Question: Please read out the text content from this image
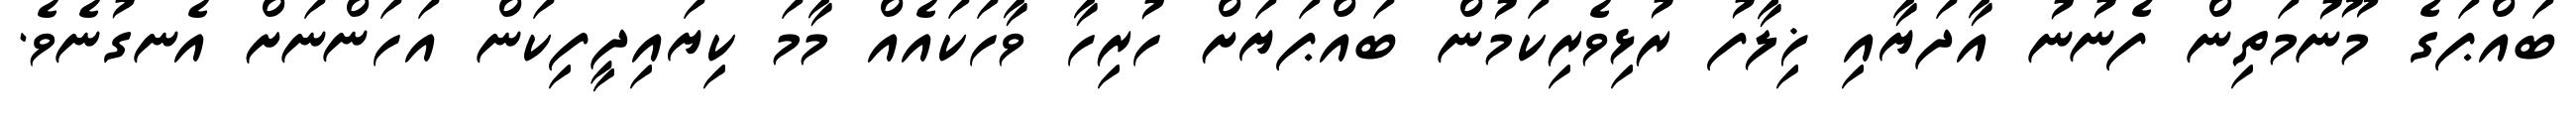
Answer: ބައްޕަގެ މޫނުމަތިން ފެނުނު އާދަޔާއި ޚިލާފު ރުޅިވެރިކަމުން ބައްޕަޔަށް ހުރިހާ ވާހަކައެއް މާމަ ކިޔައިދީފިކަން އަހަންނަށް އެނގުނެވެ.